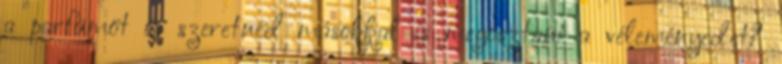
a parfümöt és szeretnéd másokkal is megosztani a véleményedet?